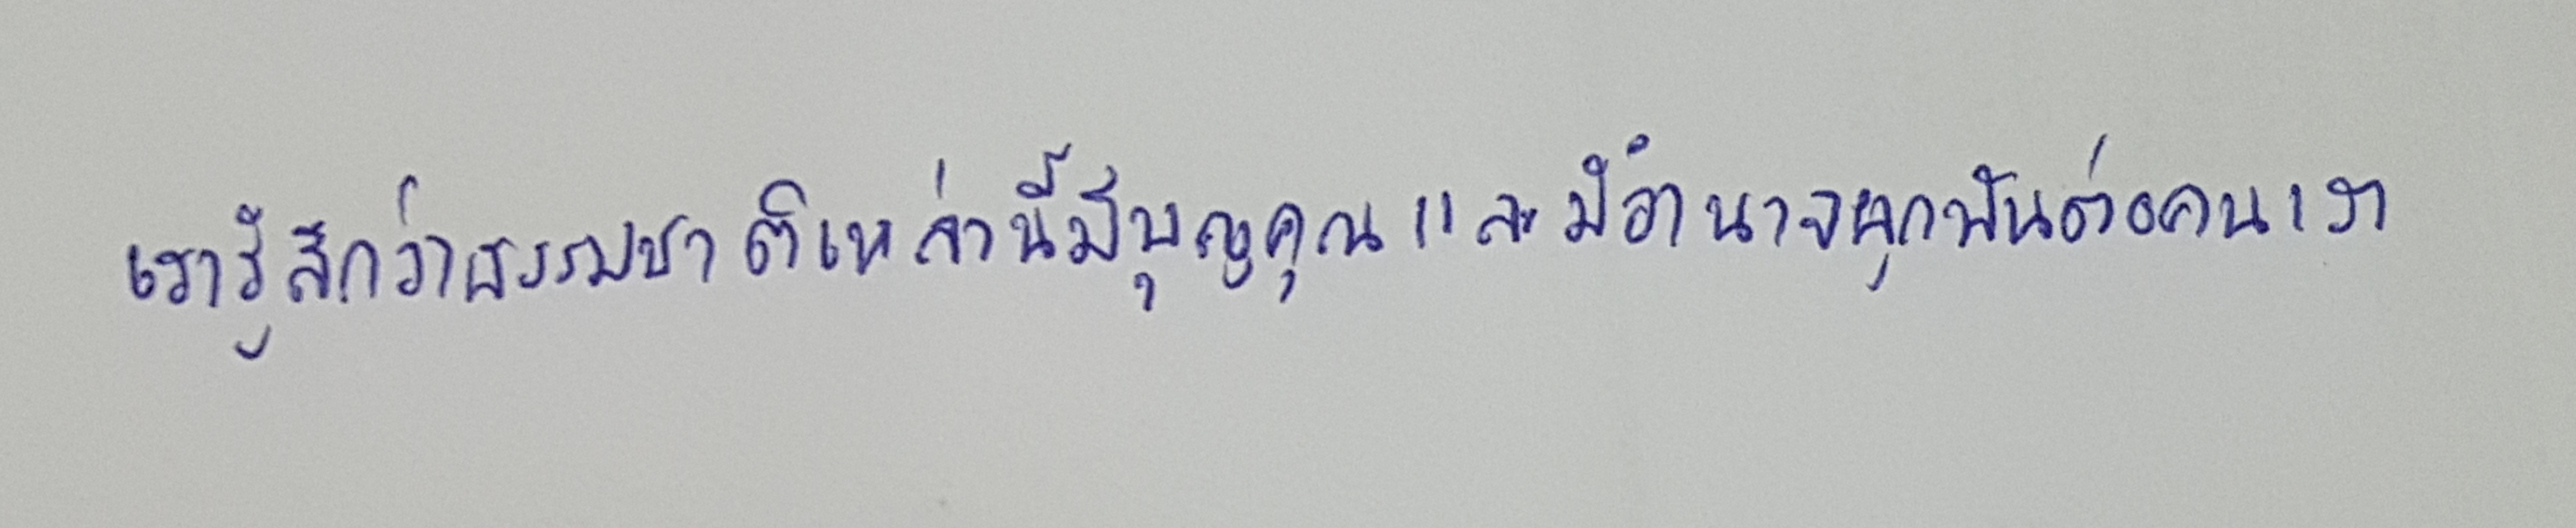
เรารู้สึกว่าธรรมชาติเหล่านี้มีบุญคุณและมีอำนาจผูกพันต่อคนเรา